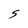
Character: S